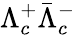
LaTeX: \Lambda_{c}^{+}\bar{\Lambda}{}_{c}^{-}